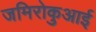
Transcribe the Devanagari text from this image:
जमिरोकुआई